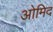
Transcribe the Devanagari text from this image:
ओमिद